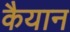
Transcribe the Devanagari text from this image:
कैयान